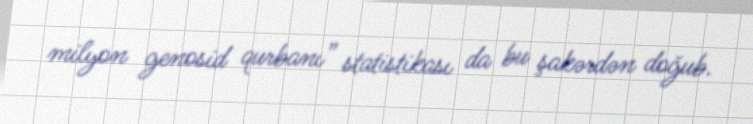
milyon genosid qurbanı” statistikası da bu şakərdən doğub.